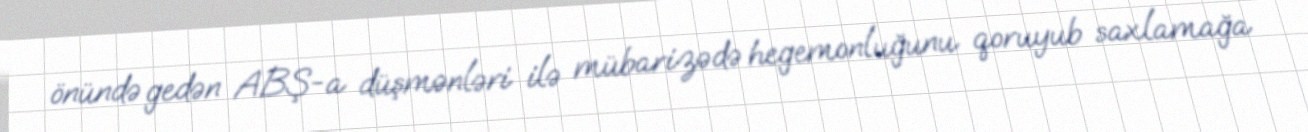
önündə gedən ABŞ-a düşmənləri ilə mübarizədə hegemonluğunu qoruyub saxlamağa